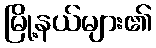
မြို့နယ်များ၏